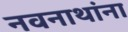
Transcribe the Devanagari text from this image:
नवनाथांना